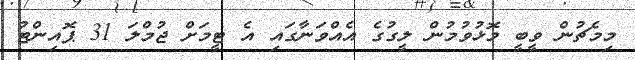
މިމެޗުން ވީބީ މޮޅުވުމުން ލީގުގެ އެއްވަނާގައި އެ ޓީމަށް ޖުމްލަ 31 ޕޮއިންޓު